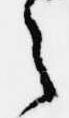
之